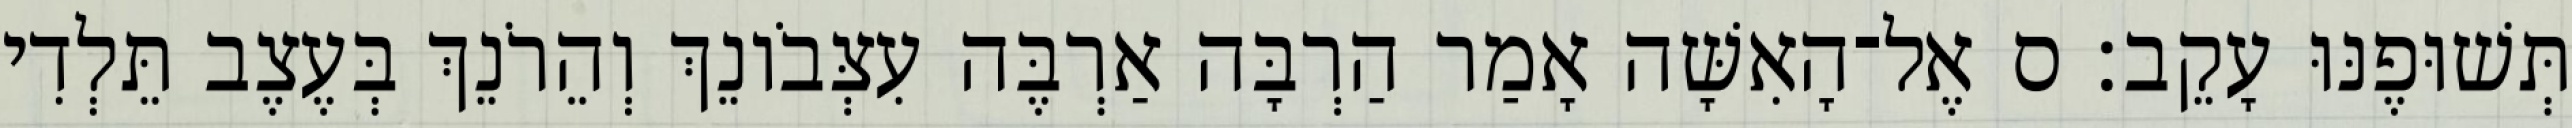
תְּשׁוּפֶנּוּ עָקֵב׃ ס אֶל־הָאִשָּׁה אָמַר הַרְבָּה אַרְבֶּה עִצְּבֹונֵךְ וְהֵרֹנֵךְ בְּעֶצֶב תֵּלְדִי